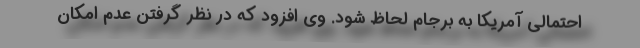
احتمالی آمریکا به برجام لحاظ شود. وی افزود که در نظر گرفتن عدم امکان